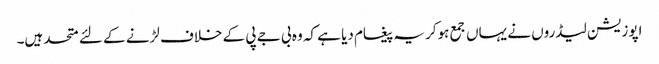
اپوزیشن لیڈروں نے یہاں جمع ہوکر یہ پیغام دیا ہے کہ وہ بی جے پی کے خلاف لڑنے کے لئے متحد ہیں۔